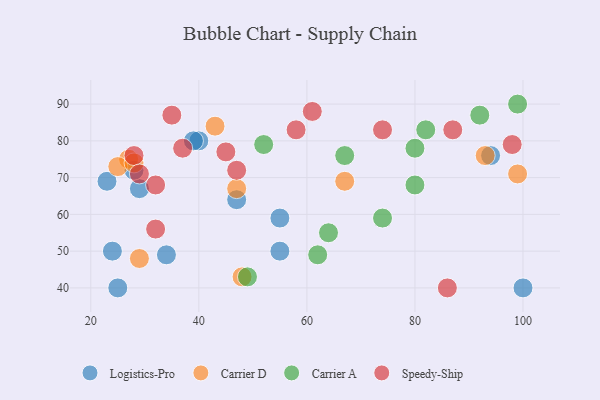
{"axis": {"x": "GDP", "y": "Life Expectancy"}, "legend": ["Carrier A", "Carrier D", "Logistics-Pro", "Speedy-Ship"], "data": [{"x": "40", "y": 80, "type": "Logistics-Pro"}, {"x": "39", "y": 80, "type": "Logistics-Pro"}, {"x": "23", "y": 69, "type": "Logistics-Pro"}, {"x": "29", "y": 67, "type": "Logistics-Pro"}, {"x": "100", "y": 40, "type": "Logistics-Pro"}, {"x": "25", "y": 40, "type": "Logistics-Pro"}, {"x": "55", "y": 50, "type": "Logistics-Pro"}, {"x": "47", "y": 64, "type": "Logistics-Pro"}, {"x": "24", "y": 50, "type": "Logistics-Pro"}, {"x": "55", "y": 59, "type": "Logistics-Pro"}, {"x": "94", "y": 76, "type": "Logistics-Pro"}, {"x": "34", "y": 49, "type": "Logistics-Pro"}, {"x": "28", "y": 72, "type": "Logistics-Pro"}, {"x": "43", "y": 84, "type": "Carrier D"}, {"x": "27", "y": 75, "type": "Carrier D"}, {"x": "25", "y": 73, "type": "Carrier D"}, {"x": "29", "y": 48, "type": "Carrier D"}, {"x": "47", "y": 67, "type": "Carrier D"}, {"x": "93", "y": 76, "type": "Carrier D"}, {"x": "67", "y": 69, "type": "Carrier D"}, {"x": "48", "y": 43, "type": "Carrier D"}, {"x": "99", "y": 71, "type": "Carrier D"}, {"x": "28", "y": 74, "type": "Carrier D"}, {"x": "92", "y": 87, "type": "Carrier A"}, {"x": "67", "y": 76, "type": "Carrier A"}, {"x": "80", "y": 78, "type": "Carrier A"}, {"x": "74", "y": 59, "type": "Carrier A"}, {"x": "62", "y": 49, "type": "Carrier A"}, {"x": "99", "y": 90, "type": "Carrier A"}, {"x": "80", "y": 68, "type": "Carrier A"}, {"x": "49", "y": 43, "type": "Carrier A"}, {"x": "52", "y": 79, "type": "Carrier A"}, {"x": "82", "y": 83, "type": "Carrier A"}, {"x": "64", "y": 55, "type": "Carrier A"}, {"x": "32", "y": 56, "type": "Speedy-Ship"}, {"x": "35", "y": 87, "type": "Speedy-Ship"}, {"x": "58", "y": 83, "type": "Speedy-Ship"}, {"x": "86", "y": 40, "type": "Speedy-Ship"}, {"x": "32", "y": 68, "type": "Speedy-Ship"}, {"x": "74", "y": 83, "type": "Speedy-Ship"}, {"x": "28", "y": 76, "type": "Speedy-Ship"}, {"x": "98", "y": 79, "type": "Speedy-Ship"}, {"x": "47", "y": 72, "type": "Speedy-Ship"}, {"x": "29", "y": 71, "type": "Speedy-Ship"}, {"x": "87", "y": 83, "type": "Speedy-Ship"}, {"x": "61", "y": 88, "type": "Speedy-Ship"}, {"x": "45", "y": 77, "type": "Speedy-Ship"}, {"x": "37", "y": 78, "type": "Speedy-Ship"}]}